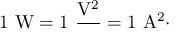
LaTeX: \mathrm { 1 ~ W = 1 ~ { \frac { V ^ { 2 } } { \Omega } } = 1 ~ A ^ { 2 } { \cdot } \Omega }